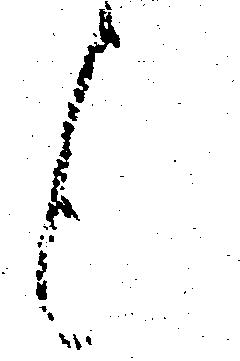
候